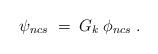
LaTeX: \begin{align*}\psi_{ncs} \;=\; G_k\: \phi_{ncs}\;. \end{align*}